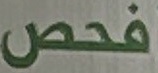
فحص